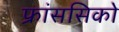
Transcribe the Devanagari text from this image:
फ्रांससिको